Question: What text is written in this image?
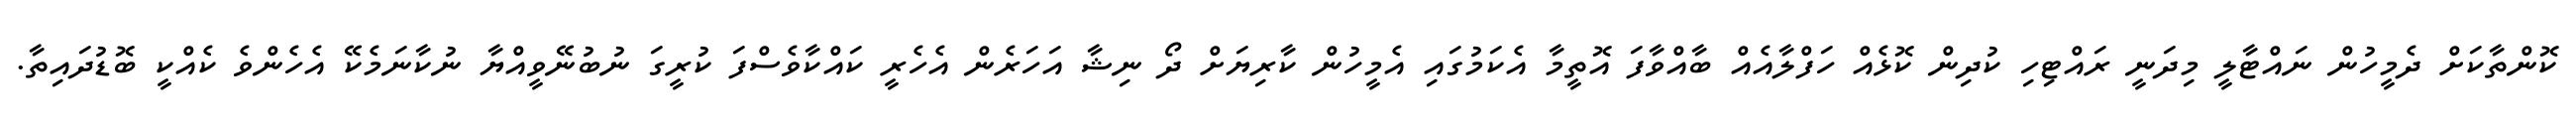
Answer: ކޮންތާކަށް ދެމީހުން ނައްޓާލީ މިދަނީ ރައްޓިހި ކުދިން ކޮޅެއް ހަފްލާއެއް ބާއްވާފަ އޮތީމާ އެކަމުގައި އެމީހުން ކާރިޔަށް ދޯ ނިޝާ އަހަރެން އެހެރީ ކައްކާވެސްފަ ކުރީގަ ނުބުނޭވީއްޔާ ނުކާނަމެކޭ އެހެންވެ ކެއްކީ ބޮޑުދައިތާ.